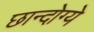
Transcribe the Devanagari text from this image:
छान्दोग्ये